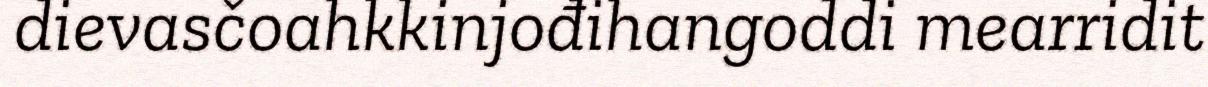
dievasčoahkkinjođihangoddi mearridit